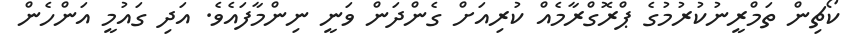
ކޯޗިން ތަމްރީނުކުރުމުގެ ޕްރޮގްރާމެއް ކުރިއަށް ގެންދަން ވަނީ ނިންމާފައެވެ. އަދި ގައުމީ އަންހެން